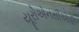
યૂરોએનસીએપી